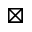
\boxtimes